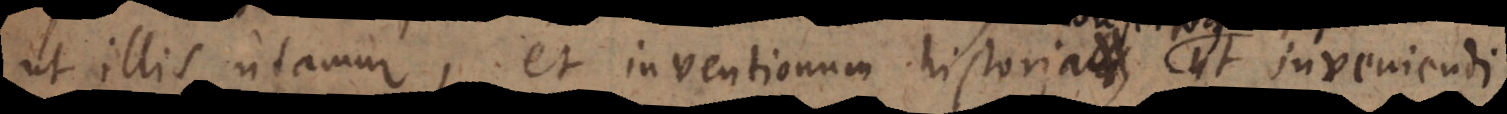
ut illis utamur, et inventionum historiam historia